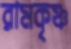
রামকৃষ্ণ